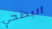
انبطحي